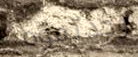
وجدتموه